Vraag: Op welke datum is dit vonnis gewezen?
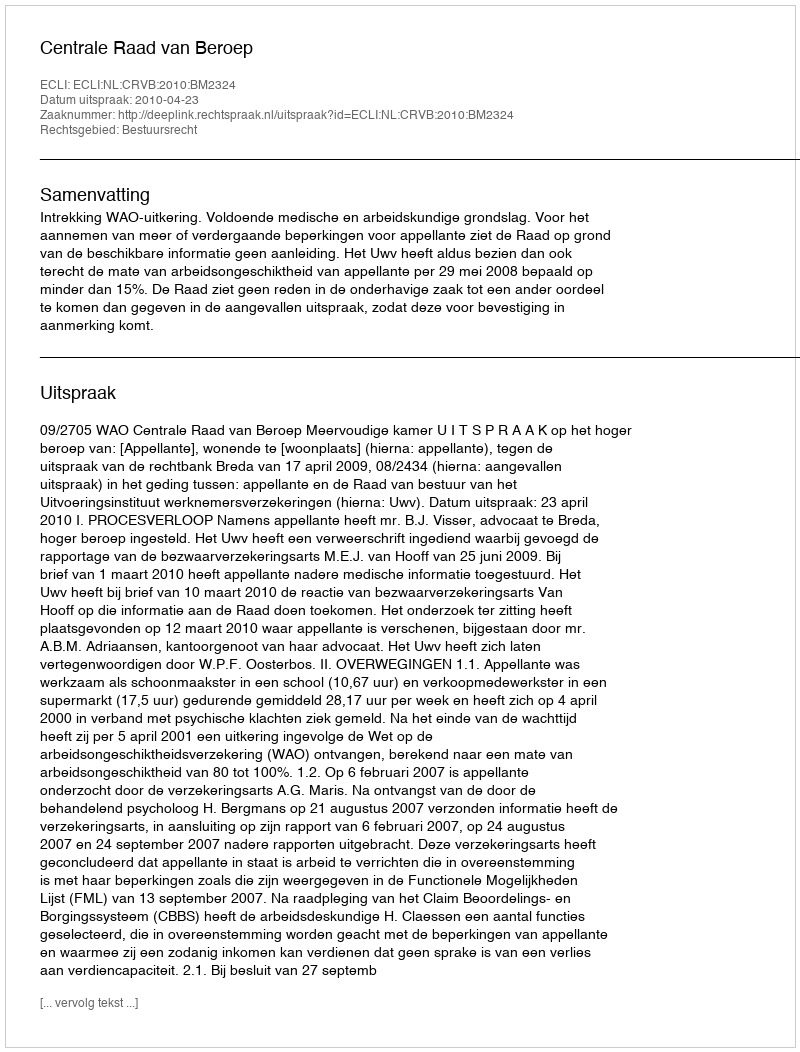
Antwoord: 2010-04-23